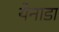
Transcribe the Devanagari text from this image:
येनाडा